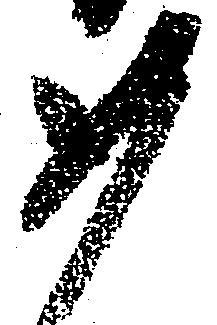
如